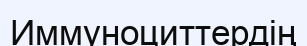
Иммуноциттердің